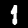
Label: 1